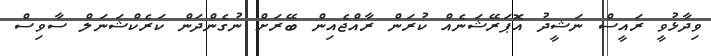
ވިދާޅުވީ ރައީސް ނަޝީދު އޮޕަރޭޝަނެއް ކުރަން ރާއްޖެއިން ބޭރަށް ނުގެންދަން ކަރެކްޝަނަލް ސާވިސް